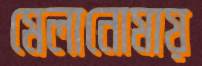
মেলানোমায়